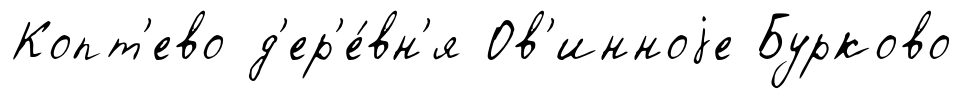
Копт'ево д'ер'е́вн'я Ов'инноjе Бурково